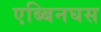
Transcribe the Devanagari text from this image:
एब्बिनघस